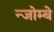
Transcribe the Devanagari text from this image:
न्जोम्बे